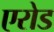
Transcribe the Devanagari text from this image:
एरोड